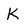
Character: K